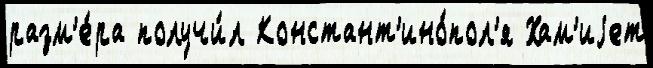
разм'е́ра получи́л Констант'ино́пол'я Хам'иjет